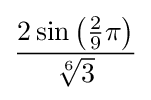
{\frac {2\sin \left({\frac {2}{9}}\pi \right)}{\sqrt[{6}]{3}}}